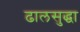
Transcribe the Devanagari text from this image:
ढालसुद्धा